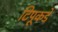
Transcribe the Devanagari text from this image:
टिपूकडे